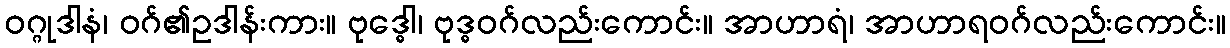
ဝဂ္ဂုဒါနံ၊ ဝဂ်၏ဥဒါန်းကား။ ဗုဒ္ဓေါ၊ ဗုဒ္ဓဝဂ်လည်းကောင်း။ အာဟာရံ၊ အာဟာရဝဂ်လည်းကောင်း။